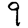
Digit: 9